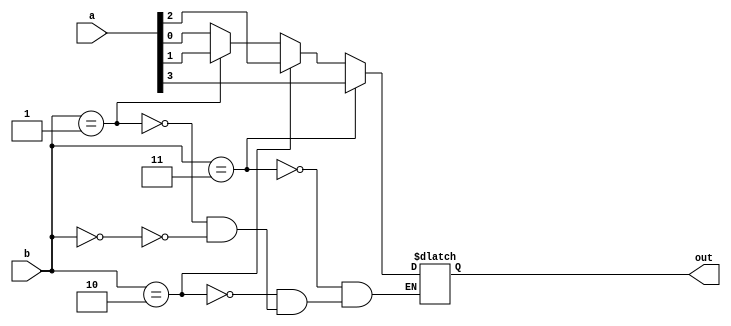
`timescale 1ns / 1ps
//////////////////////////////////////////////////////////////////////////////////
// Company: 
// Engineer: 
// 
// Design Name: 
// Module Name:    Mux1_4If 
// Project Name: 
// Target Devices: 
// Tool versions: 
// Description: 
//
// Dependencies: 
//
// Revision: 
// Revision 0.01 - File Created
// Additional Comments: 
//
//////////////////////////////////////////////////////////////////////////////////
module Mux1_4If(
 a,
 b,
out );
input [3:0]a;
input [1:0]b;
output reg out; //M es nuestra salida del mux

always @ (a or b)
begin
 if (b == 2'b00) begin //Cuando b que son las seleccionadoras marcan 00, sacan el valor de A[0]
       out=a[0]; end
if (b == 2'b01) begin
       out=a[1]; end
if (b == 2'b10) begin
       out=a[2]; end
if (b == 2'b11) begin
       out=a[3]; end		 
		 
end
endmodule

module Mux1Entre16IF(
input [15:0]a,
input [3:0]b,
output out,
output mux);

wire out0,out1,out2,out3;

assign mux= ((~b[3]) & (~b[2]) & out0) | ((~b[3]) & (b[2]) & out1) | ((b[3]) & (~b[2]) & out2) | ((b[3]) & (b[2]) & out3); // Un multiplexor que toma como entradas a los otros dos y  a b[3] 
 
 //Instanciamos dos mux extras que nos daran out 1 y out 0
 
Mux1_4If m0 (a[3:0],b[1:0],out0);
Mux1_4If m1 (a[7:4],b[1:0],out1);
Mux1_4If m2 (a[11:8],b[1:0],out2);
Mux1_4If m3 (a[15:12],b[1:0],out3);

endmodule